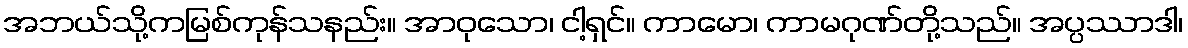
အဘယ်သို့ကမြစ်ကုန်သနည်း။ အာဝုသော၊ ငါ့ရှင်။ ကာမော၊ ကာမဂုဏ်တို့သည်။ အပ္ပဿာဒါ၊